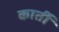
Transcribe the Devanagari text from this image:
कार्ती